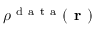
\rho ^ { \mathrm { ~ d ~ a ~ t ~ a ~ } } ( \boldsymbol { \textbf { r } } )